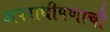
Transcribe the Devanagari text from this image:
अपराधीपणाची